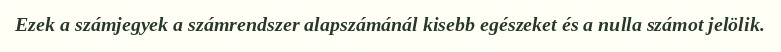
Ezek a számjegyek a számrendszer alapszámánál kisebb egészeket és a nulla számot jelölik.